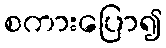
စကားပြော၍